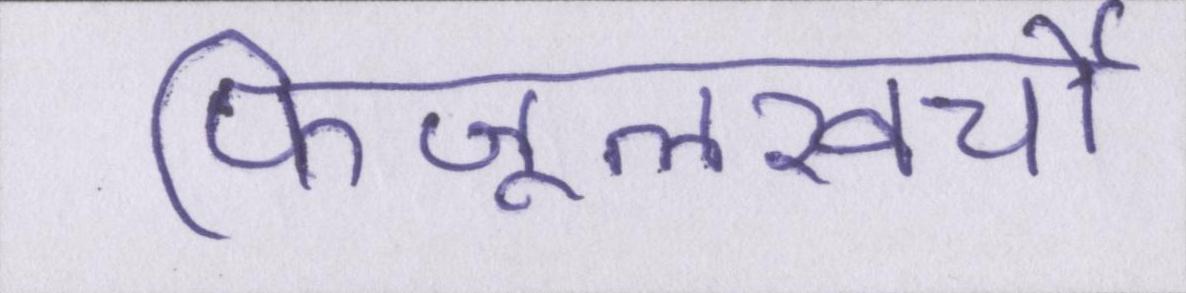
फिजूलखर्ची